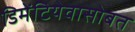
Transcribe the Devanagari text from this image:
डिमेंटियेवासोबत